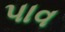
પાવ